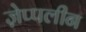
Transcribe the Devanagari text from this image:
ज़ेप्पलीन